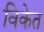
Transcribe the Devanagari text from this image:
विकेत